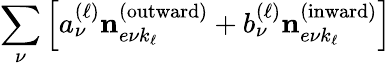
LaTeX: \sum_{\nu}\left[a_{\nu}^{(\ell)}\mathbf{n}_{e\nu k_{\ell}}^{(\textrm{outward})}+b_{\nu}^{(\ell)}\mathbf{n}_{e\nu k_{\ell}}^{(\textrm{inward})}\right]